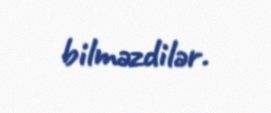
bilməzdilər.